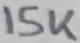
Text: 15K